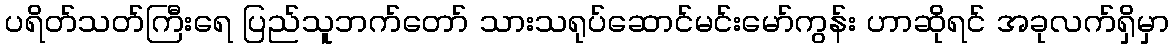
ပရိတ်သတ်ကြီးရေ ပြည်သူဘက်တော် သားသရုပ်ဆောင်မင်းမော်ကွန်း ဟာဆိုရင် အခုလက်ရှိမှာ